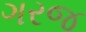
ગરજ